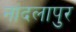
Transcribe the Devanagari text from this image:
नांदलापुर